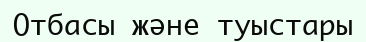
Отбасы және туыстары